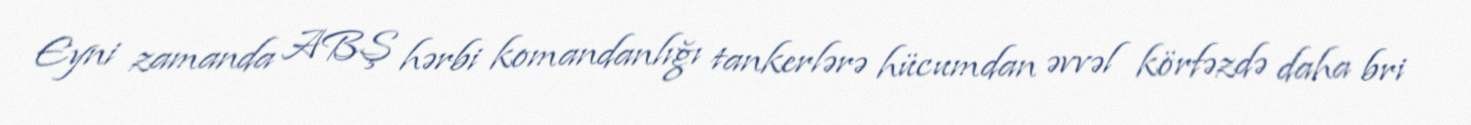
Eyni zamanda ABŞ hərbi komandanlığı tankerlərə hücumdan əvvəl körfəzdə daha bri